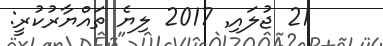
21 ޖުލައި